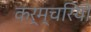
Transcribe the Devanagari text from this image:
कर्म्चरियों